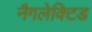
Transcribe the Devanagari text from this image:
नैगलेक्टिड